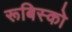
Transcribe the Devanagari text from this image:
रूबिस्को